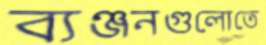
ব্যঞ্জনগুলোতে